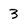
Character: 3